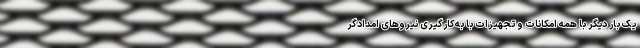
یک بار دیگر با همه امکانات و تجهیزات با به‌کارگیری نیروهای امدادگر